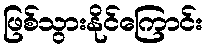
ဖြစ်သွားနိုင်ကြောင်း